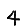
Digit: 4